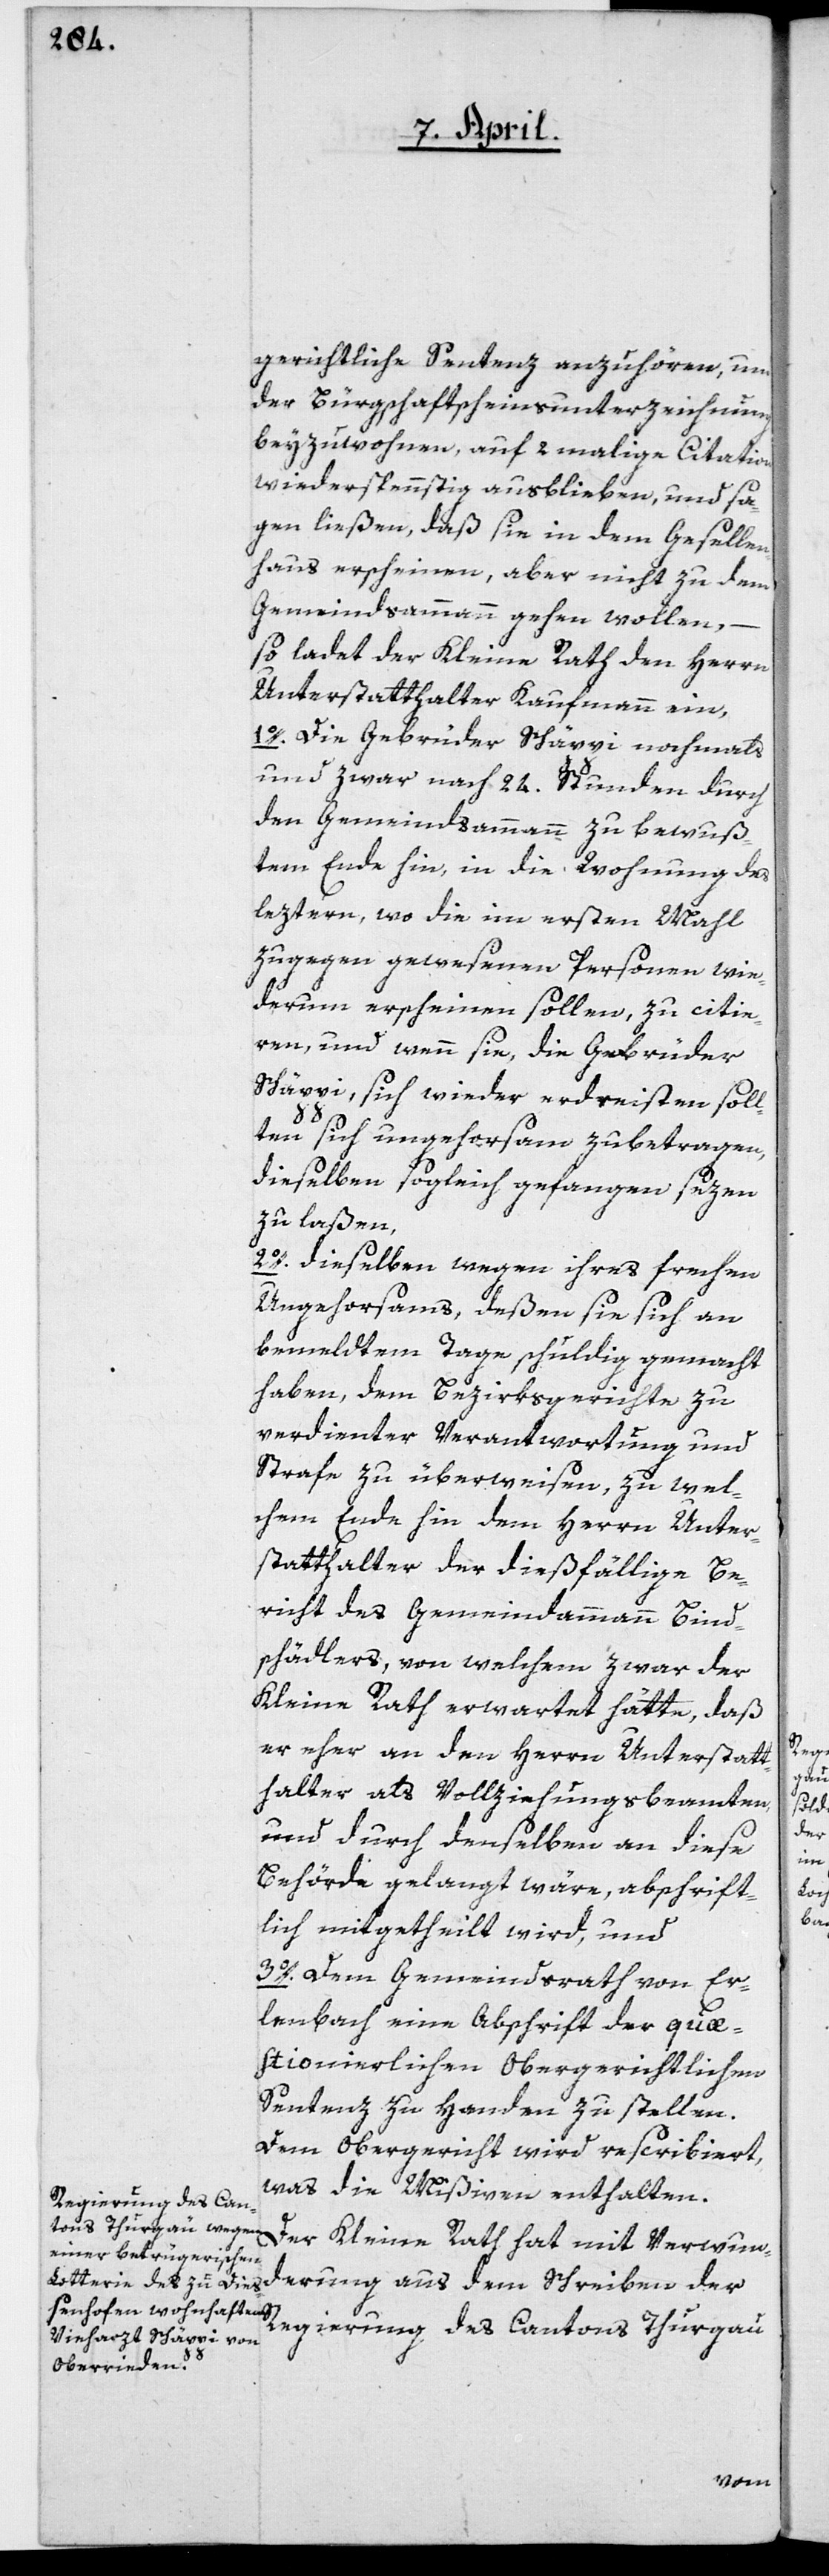
gerichtliche Sentenz anzuhören, und
der Bürgschaftscheinsunterzeichnung
beyzuwohnen, auf 2malige Citation
wiederspenstig ausblieben, und sa¬
gen ließen, daß sie in dem Gesellen¬
haus erscheinen, aber nicht zu dem
Gemeindsammann gehen wollen, –
so ladet der Kleine Rath den Herrn
Unterstatthalter Kaufmann ein,
1o. Die Gebrüder Schäppi nochmals,
und zwar nach 24. Stunden durch
den Gemeindsammann zu bewuß¬
tem Ende hin, in die Wohnung des
leztern, wo die im ersten Mahl
zugegen gewesenen Personen wie¬
derum erscheinen sollen, zu citie¬
ren, und wenn sie, die Gebrüder
Schäppi, sich wieder erdreisten soll¬
ten sich ungehorsam zubetragen,
dieselben sogleich gefangen sezen
zu laßen,
2o. Dieselben wegen ihres frechen
Ungehorsams, deßen sie sich an
bemeldtem Tage schuldig gemacht
haben, dem Bezirksgerichte zu
verdienter Verantwortung und
Strafe zu überweisen, zu wel¬
chem Ende hin dem Herrn Unter¬
statthalter der diesfällige Be¬
richt des Gemeindammann Bind¬
schädlers, von welchem zwar der
Kleine Rath erwartet hätte, daß
er eher an den Herrn Unterstatt¬
halter als Vollziehungsbeamten,
und durch denselben an diese
Behörde gelangt wäre, abschrift¬
lich mitgetheilt wird, und
3o. Dem Gemeindsrath von Er¬
lenbach eine Abschrift der quæ¬
stionierlichen -Obergerichtlichen
Sentenz zu Handen zu stellen.
Dem Obergericht wird rescribiert,
was die Mißiven enthalten.
Der Kleine Rath hat mit Verwund¬
erung aus dem Schreiben der
Regierung des Cantons Thurgau